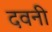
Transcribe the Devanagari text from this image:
दवनी